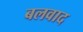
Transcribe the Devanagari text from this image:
बलवाद